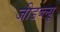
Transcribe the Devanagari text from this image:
जीडब्ल्यू